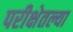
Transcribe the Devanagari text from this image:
परीक्षेतल्या